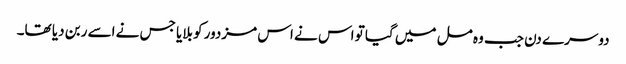
دوسرے دن جب وہ مل میں گیا تو اس نے اس مزدور کو بلایا جس نے اسے ربن دیا تھا۔